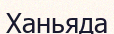
Ханьяда